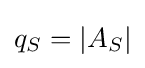
q_{S}=|A_{S}|